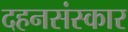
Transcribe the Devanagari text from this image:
दहनसंस्कार